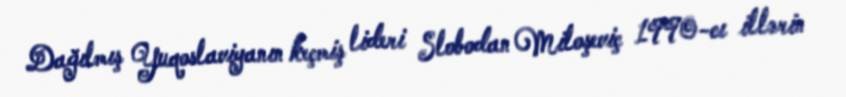
Dağılmış Yuqoslaviyanın keçmiş lideri Slobodan Miloşeviç 1990-cı illərin